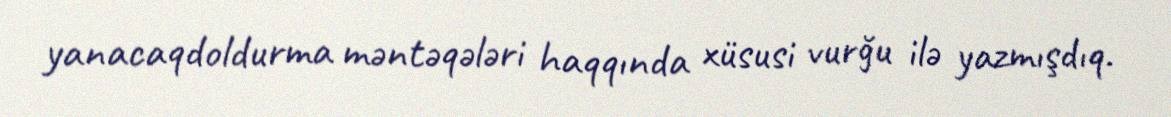
yanacaqdoldurma məntəqələri haqqında xüsusi vurğu ilə yazmışdıq.